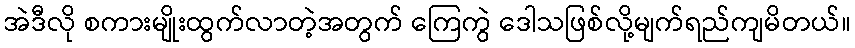
အဲဒီလို စကားမျိုးထွက်လာတဲ့အတွက် ကြေကွဲ ဒေါသဖြစ်လို့မျက်ရည်ကျမိတယ်။